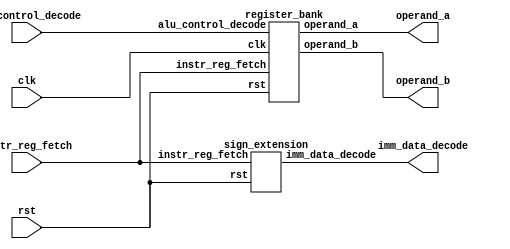
// This program was cloned from: https://github.com/chandana38/RISCVerse
// License: MIT License

module reg_sign (
	input clk,
	input rst,
	input [31:0] instr_reg_fetch,
	input [31:0] alu_control_decode,
	output [31:0] operand_a,
	output [31:0] operand_b,
	output [31:0] imm_data_decode
	);
	
register_bank reg_bank_inst(
	.clk(clk),
	.rst(rst),
	.instr_reg_fetch(instr_reg_fetch),
	.alu_control_decode(alu_control_decode),
	.operand_a(operand_a),
	.operand_b(operand_b)
	);

sign_extension sign_ext_inst(
	.rst(rst),
	.instr_reg_fetch(instr_reg_fetch),
	.imm_data_decode(imm_data_decode)
	);

endmodule





module register_bank(
	input clk,
	input rst,
	input [31:0] instr_reg_fetch,
	input [31:0] alu_control_decode,
	output reg [31:0] operand_a,
	output reg [31:0] operand_b
	);

	reg [31:0] reg_bank [31:0];
	integer i;
	
always@(*) begin
	if(!rst) begin
		for (i = 0; i < 32; i = i + 1) begin
                reg_bank[i] = 32'h00000000;
                end
		operand_a = 32'h0;
		operand_b = 32'h0;
	end
	else begin
		if(alu_control_decode[1]== 1) begin
			operand_a = reg_bank[instr_reg_fetch[19:15]];
			operand_b = reg_bank[instr_reg_fetch[24:20]];
		end
		else begin
			operand_a = operand_a;
			operand_b = operand_b;
		end
	end
end

endmodule


module sign_extension(
	input rst,
	input [31:0] instr_reg_fetch,
	output reg [31:0] imm_data_decode
	);

	parameter r_type = 7'b0110011;
	parameter i_type = 7'b0010011;
	parameter b_type = 7'b1100011;
	parameter s_type = 7'b0100011;
	parameter l_type = 7'b0000011;

always@(*) begin
	if(!rst) begin
		imm_data_decode = 32'h0;
	end
	else begin
		case(instr_reg_fetch[6:0])
			r_type: imm_data_decode = 32'h0; //no imm data 
		        i_type: imm_data_decode = {{20{instr_reg_fetch[31]}},instr_reg_fetch[31:20]};
		        s_type: imm_data_decode = {{20{instr_reg_fetch[31]}},instr_reg_fetch[31:25],instr_reg_fetch[11:7]};
			b_type: imm_data_decode  = {{20{instr_reg_fetch[31]}},instr_reg_fetch[31],instr_reg_fetch[7],instr_reg_fetch[30:25],instr_reg_fetch[11:8]};		
		        l_type:  imm_data_decode = {{20{instr_reg_fetch[31]}},instr_reg_fetch[31:20]};
			default: imm_data_decode = 32'h0;
		endcase
	end
end

endmodule